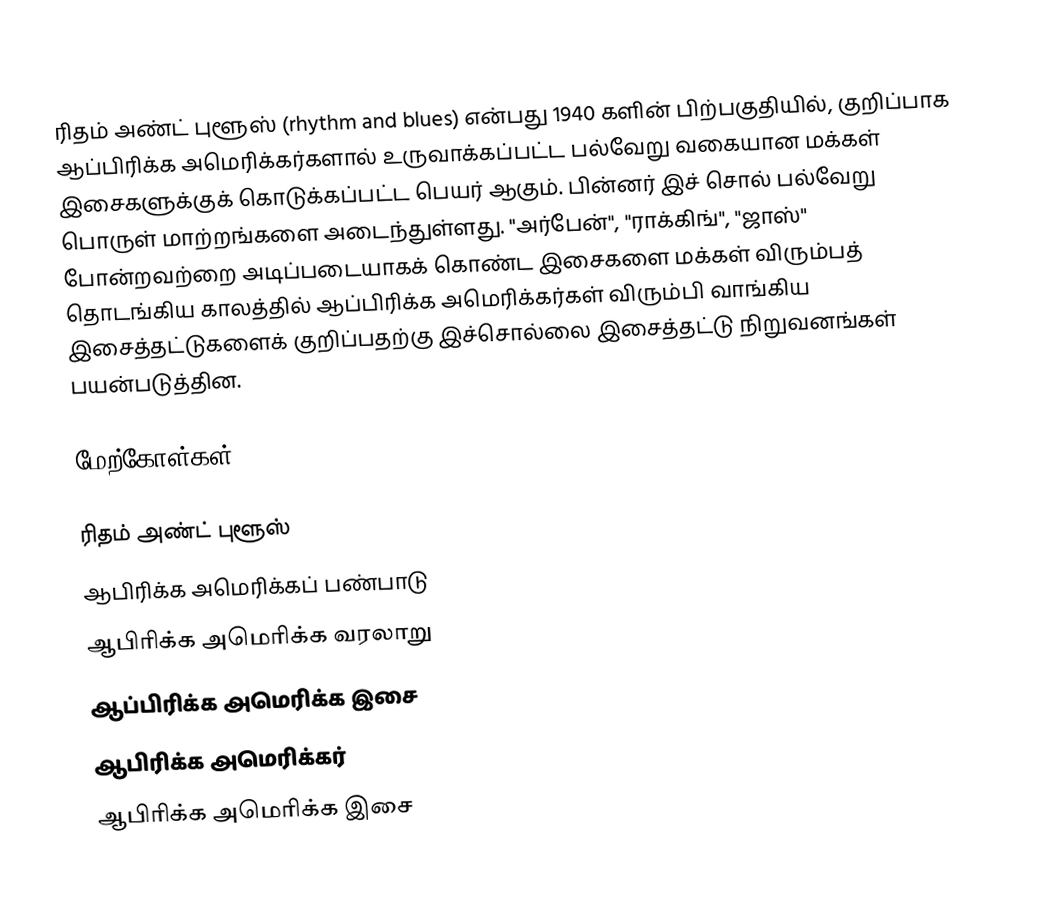
ரிதம் அண்ட் புளூஸ் (rhythm and blues) என்பது 1940 களின் பிற்பகுதியில், குறிப்பாக ஆப்பிரிக்க அமெரிக்கர்களால் உருவாக்கப்பட்ட பல்வேறு வகையான மக்கள் இசைகளுக்குக் கொடுக்கப்பட்ட பெயர் ஆகும். பின்னர் இச் சொல் பல்வேறு பொருள் மாற்றங்களை அடைந்துள்ளது. "அர்பேன்", "ராக்கிங்", "ஜாஸ்" போன்றவற்றை அடிப்படையாகக் கொண்ட இசைகளை மக்கள் விரும்பத் தொடங்கிய காலத்தில் ஆப்பிரிக்க அமெரிக்கர்கள் விரும்பி வாங்கிய இசைத்தட்டுகளைக் குறிப்பதற்கு இச்சொல்லை இசைத்தட்டு நிறுவனங்கள் பயன்படுத்தின.

மேற்கோள்கள்

ரிதம் அண்ட் புளூஸ்
ஆபிரிக்க அமெரிக்கப் பண்பாடு
ஆபிரிக்க அமெரிக்க வரலாறு
ஆப்பிரிக்க அமெரிக்க இசை
ஆபிரிக்க அமெரிக்கர்
ஆபிரிக்க அமெரிக்க இசை